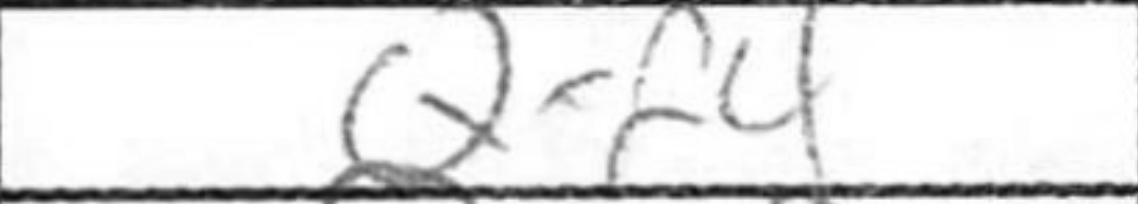
Transcription: Qxf4